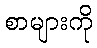
စာများကို